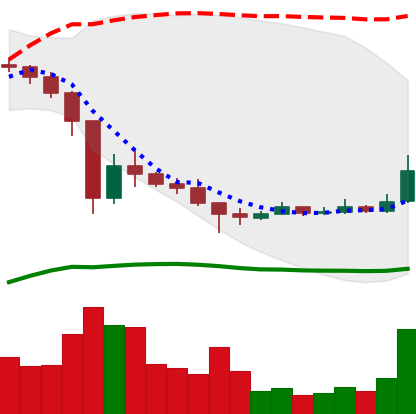
Ticker: XRP-USD
Chart end date: 2021-01-07
Forward return: -10.392%
Label: down_7plus